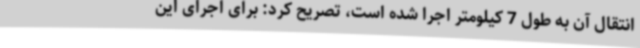
انتقال آن به طول 7 کیلومتر اجرا شده است، تصریح کرد: برای اجرای این